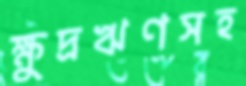
ক্ষুদ্রঋণসহ